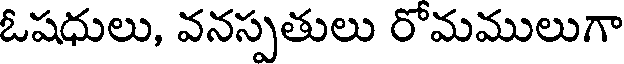
ఓషధులు, వనస్పతులు రోమములుగా